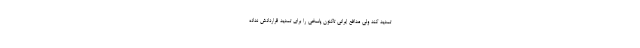
تمدید کند ولی مدافع ایرانی تاکنون پاسخی را برای تمدید قراردادش نداده